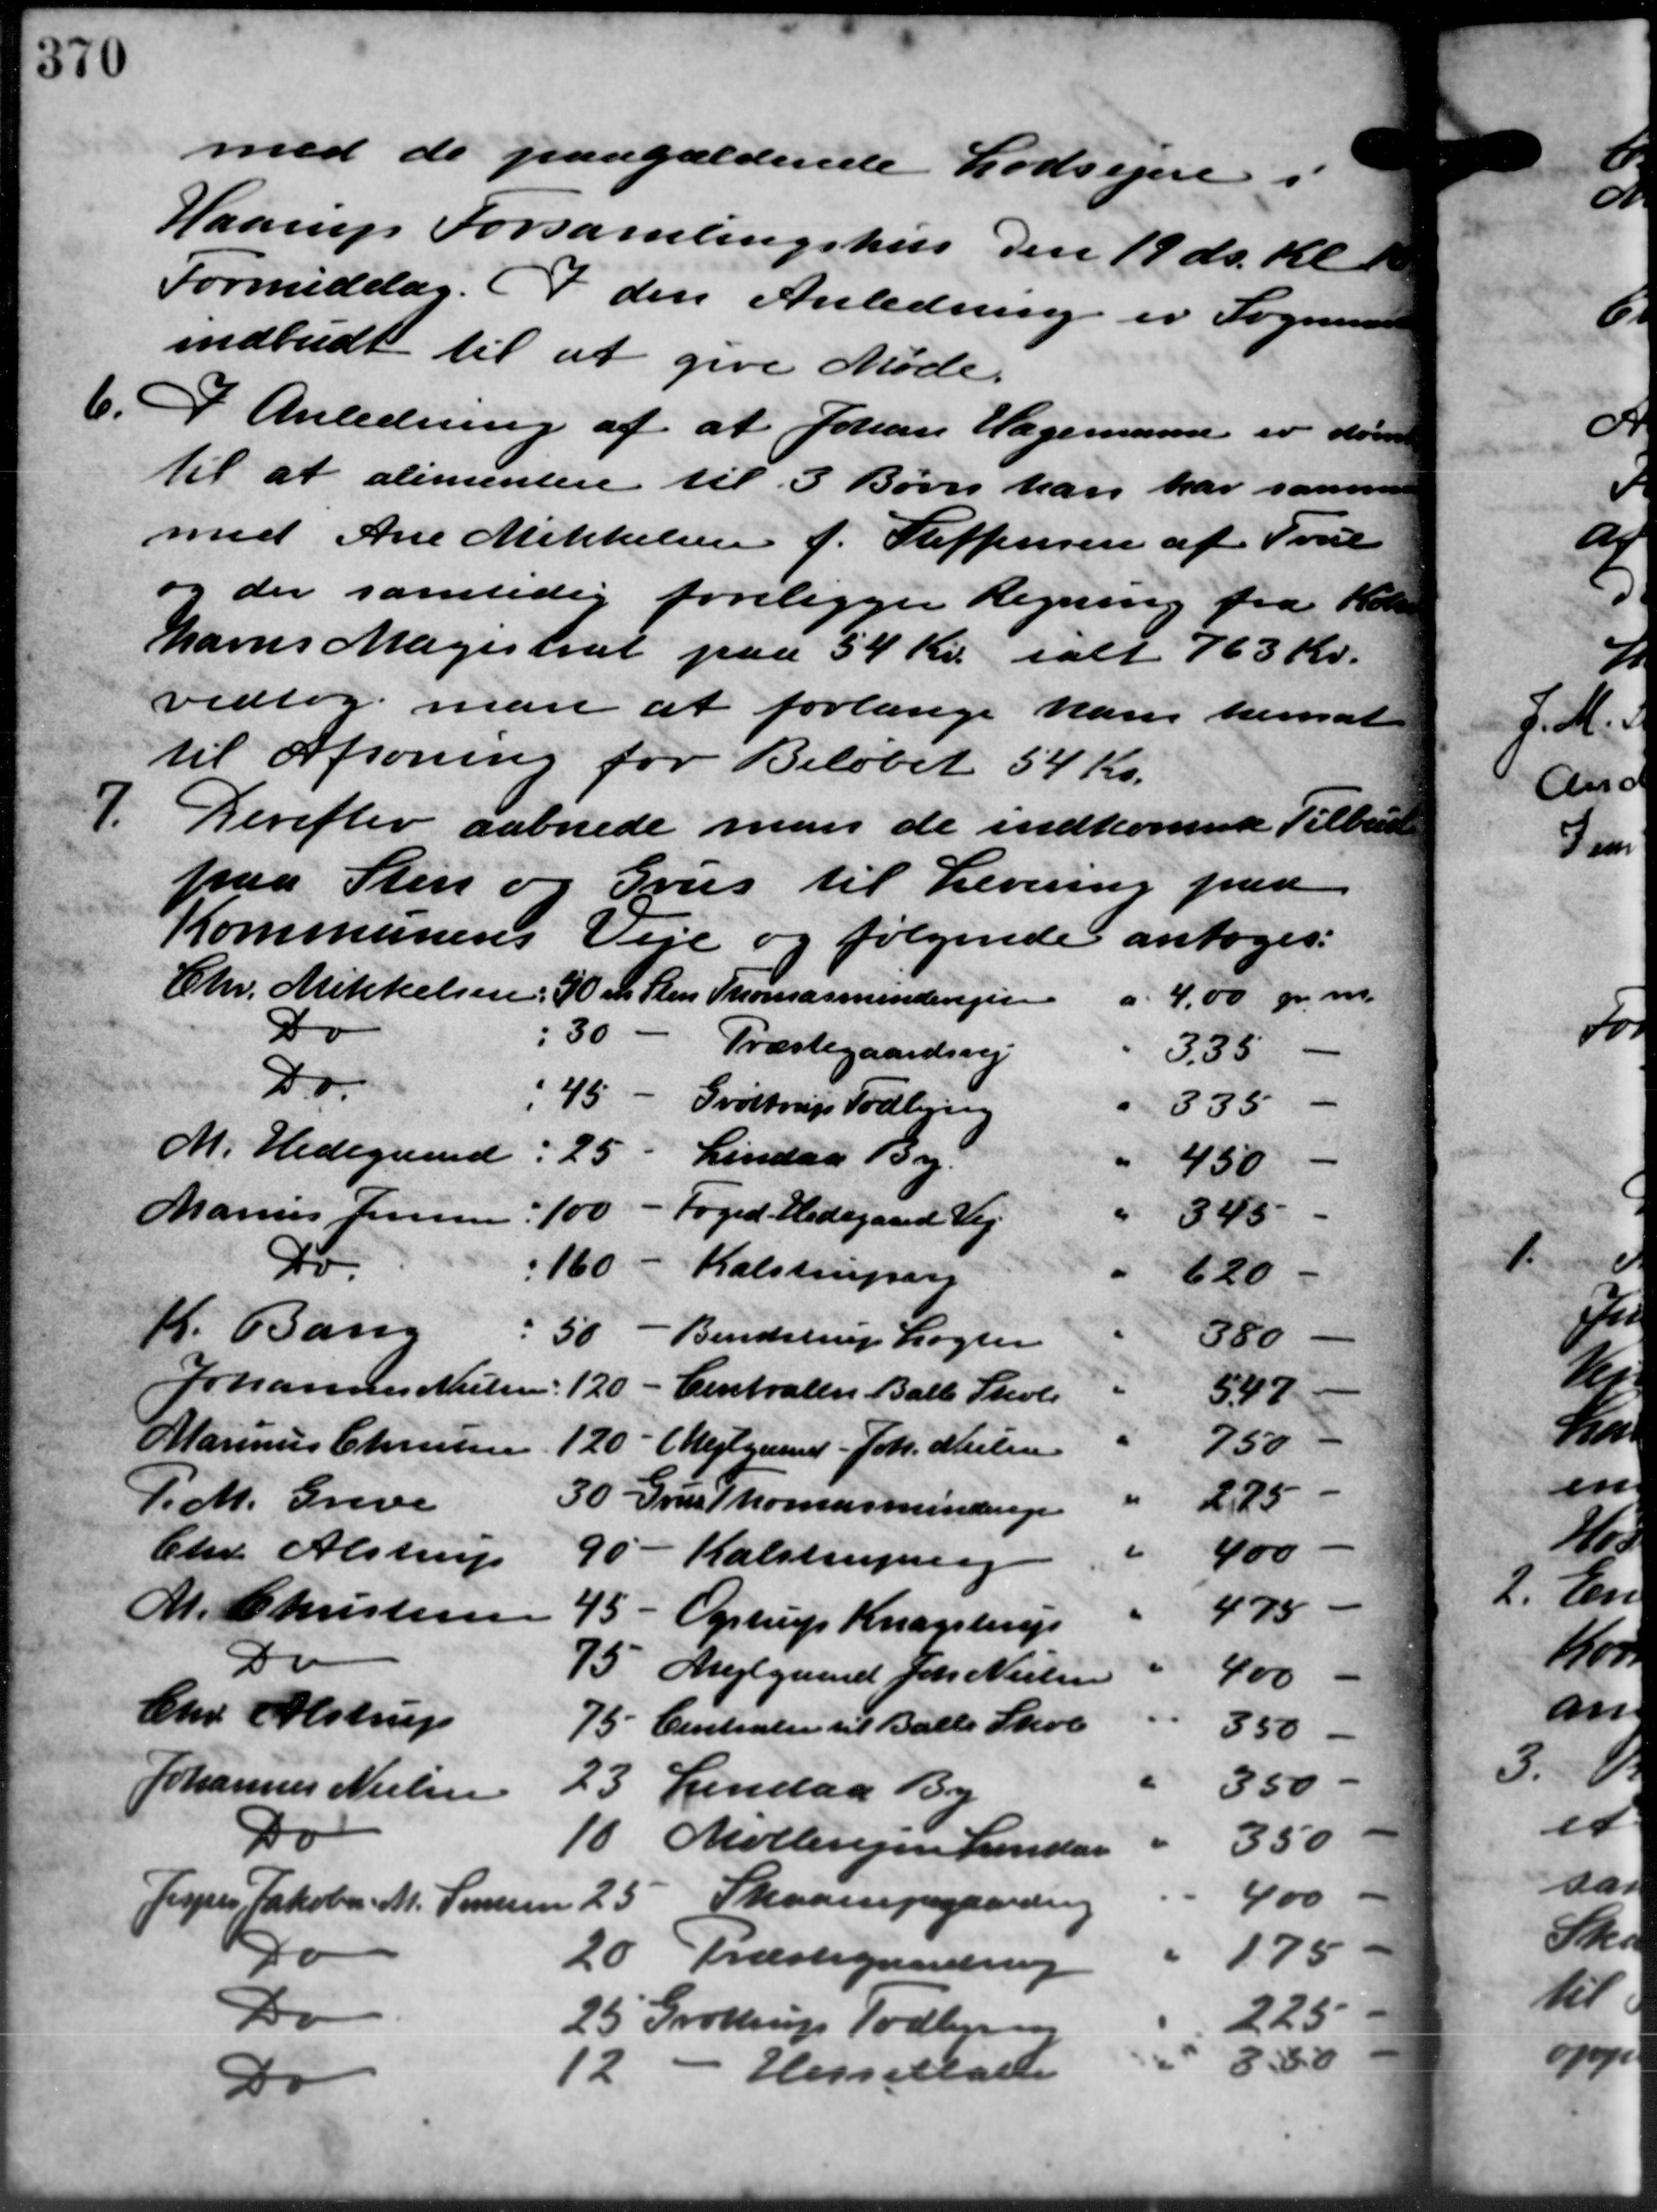
Transskription:
med de paagældende Lodsejere i
Haarup Forsamlingshus den 19 ds. Kl.
Formiddag. I den Anledning er Sogneraad
indbudt til at give Møde.
6.
I Anledning af at Johan Hagemann er dem
til at alimentere til 3 Børn han har samme
med Ane Mikkelsen f. Steffensen af True
og der samtidig foreligger Regning fra Kor
havns Magistrat paa 54 Kr. ialt 763 Kr.
vedtog man at forlange han hernat
til Afsoning for Beløbet 54 Kr.
7.
Derefter aabnede man de indkomne Tilbud
paa Sten og Grus til Levering paa
Kommunens Veje og følgende antoges:
Chr. Mikkelsen 30 m Sten Thomasmindevejen
-
4.00 pr. m.
"
Do
8
i 30
Præstegaardsvej
3.35
Do.
i 45
-
Grøttrup Todbjerg
335
M. Hedegaard
25
Lindaa By.
-
450
Marius Jensen
Foged Hedegaard Vej
100
345
dr.
"160 - Kalstrupvej
620
K. Bang
380
50 - Bendstrup Løgter
Johannes Nielsen
120 - Centralen Balle Skole
5.47
Marinus Christensen
750
120 - (Mejlgaard. Joh. Nielsen
"
2,25
P.M. Greve
30 Grus Thomasmindinge
"
Chr. Alstrup
400
90 - Kalstruperg
475
M. Christensen
 45 - Ogstrup Knagstrup
Do
75 Mejlgaard Joh. Nielsen
400
Chr. Alstrup
75 Centraler til Balle Skole
350
350
Johannes Nielsen
23 Lindaa By
Do
350
10 Møllevejen Lindaa
400
25. Skaarupgaarden
Jesper Jakobsen M. Sørensen
175
80
20 Præstegaardsvej
Do
225
25 Grøttrup Todbjerg
33
Hesselballe
12.
Do